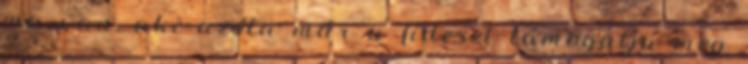
ma van, aki azóta már a fideszt támogatja meg